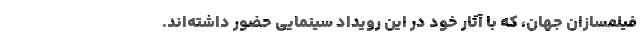
فیلمسازان جهان، که با آثار خود در این رویداد سینمایی حضور داشته‌اند.